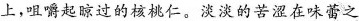
上，咀嚼起晾过的核桃仁。淡淡的苦涩在味蕾之